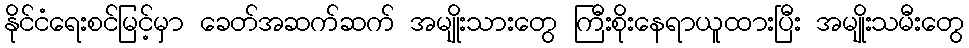
နိုင်ငံရေးစင်မြင့်မှာ ခေတ်အဆက်ဆက် အမျိုးသားတွေ ကြီးစိုးနေရာယူထားပြီး အမျိုးသမီးတွေ